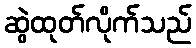
ဆွဲထုတ်လိုက်သည်